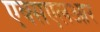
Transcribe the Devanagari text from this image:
एक्सएलआर